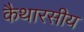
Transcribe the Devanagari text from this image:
कैथारसीय